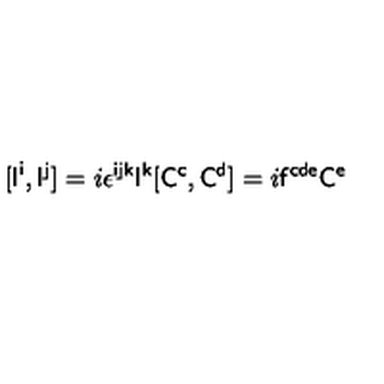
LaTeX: [ { \sf I } ^ { \sf i } , { \sf I } ^ { \sf j } ] = i \epsilon ^ { \sf i j k } { \sf I } ^ { \sf k } [ { \sf C } ^ { \sf c } , { \sf C } ^ { \sf d } ] = i { \sf f } ^ { \sf c d e } { \sf C } ^ { \sf e }